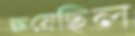
ক্ষয়েছিল